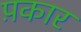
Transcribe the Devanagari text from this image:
प़कार